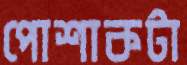
পোশাকটা